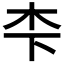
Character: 𪱱